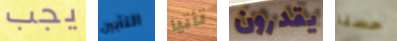
يجب التأبين تأتيا يقدرون حسنا